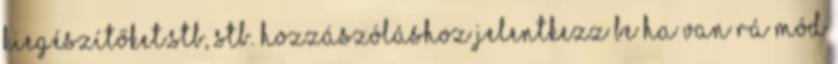
kiegészítőket.stb, stb. Hozzászóláshoz jelentkezz be Ha van rá mód